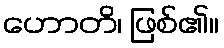
ဟောတိ၊ ဖြစ်၏။